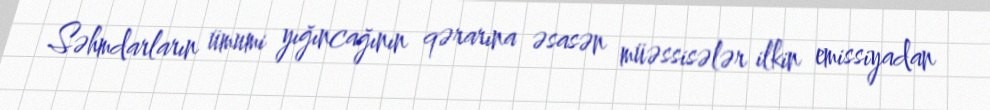
Səhmdarların ümumi yığıncağının qərarına əsasən müəssisələr ilkin emissiyadan